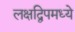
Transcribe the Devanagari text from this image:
लक्षद्विपमध्ये